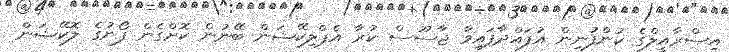
އިސްރާއީލްގެ ކުންފުނިން އުފައްދާފައިވާ ޖާސޫސް ކުރާ އެޕްލިކޭޝަން ބޭނުން ކޮށްގެން ފޯނުގެ ލޮކޭޝަން